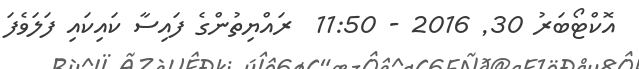
އޮކްޓޯބަރު 30